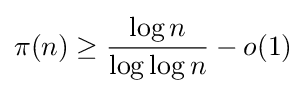
\pi (n)\geq {\frac {\log n}{\log \log n}}-o(1)